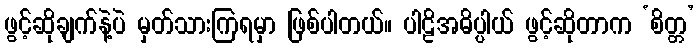
ဖွင့်ဆိုချက်နဲ့ပဲ မှတ်သားကြရမှာ ဖြစ်ပါတယ်။ ပါဠိအဓိပ္ပါယ် ဖွင့်ဆိုတာက ‘စိတ္တ’